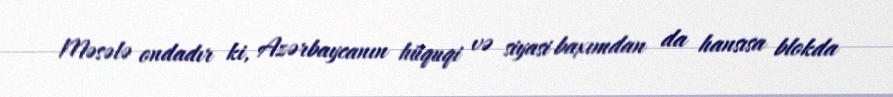
Məsələ ondadır ki, Azərbaycanın hüquqi və siyasi baxımdan da hansısa blokda